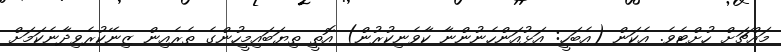
މައްޗަށް ހުށްޓެވެ. އެކަން (އެބަހީ: އަޅުއަންހެނުންނާ ކާވެނިކުރުން) އޮތީ ތިޔަބައިމީހުންގެ ތެރެއިން ޒިނޭކުރެވިދާނެކަމަށް